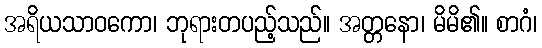
အရိယသာဝကော၊ ဘုရားတပည့်သည်။ အတ္တနော၊ မိမိ၏။ စာဂံ၊